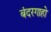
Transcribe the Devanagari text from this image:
बंदरगाहो